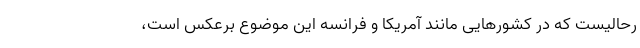
رحالیست که در کشورهایی مانند آمریکا و فرانسه این موضوع برعکس است،